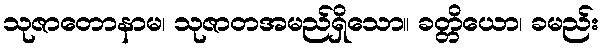
သုဇာတောနာမ၊ သုဇာတအမည်ရှိသော။ ခတ္တိယော၊ ခမည်း